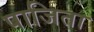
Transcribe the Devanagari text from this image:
पाजिता